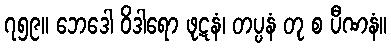
၇၅၉။ ဘေဒေါ ဝိဒါရော ဖုဋနံ၊ တပ္ပနံ တု စ ပီဏနံ။